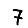
Digit: 7